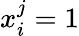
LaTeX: x_{i}^{j}=1